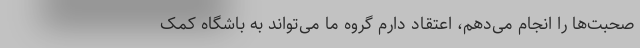
صحبت‌ها را انجام می‌دهم، اعتقاد دارم گروه ما می‌تواند به باشگاه کمک